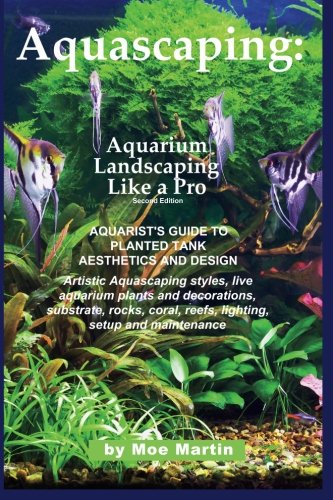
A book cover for Aquascaping: Aquarium Landscaping Like a Pro, Second Edition: Aquarist's Guide to Planted Tank Aesthetics and Design; Moe Martin; Crafts, Hobbies & Home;